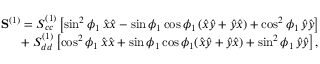
\begin{array} { r } { \mathbf { S } ^ { ( 1 ) } = S _ { c c } ^ { ( 1 ) } \left[ \sin ^ { 2 } \phi _ { 1 } \, \hat { x } \hat { x } - \sin \phi _ { 1 } \cos \phi _ { 1 } \, ( \hat { x } \hat { y } + \hat { y } \hat { x } ) + \cos ^ { 2 } \phi _ { 1 } \, \hat { y } \hat { y } \right] } \\ { + \; S _ { d d } ^ { ( 1 ) } \left[ \cos ^ { 2 } \phi _ { 1 } \, \hat { x } \hat { x } + \sin \phi _ { 1 } \cos \phi _ { 1 } ( \hat { x } \hat { y } + \hat { y } \hat { x } ) + \sin ^ { 2 } \phi _ { 1 } \, \hat { y } \hat { y } \right] , } \end{array}